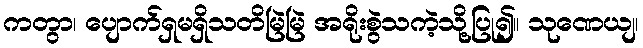
ကတွာ၊ ပျောက်ရှမရှိသတိမြဲမြဲ အရိုးစွဲသကဲ့သို့ပြု၍။ သုဏေယျ၊